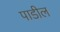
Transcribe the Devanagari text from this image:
पाडील